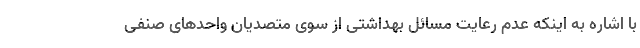
با اشاره به اینکه عدم رعایت مسائل بهداشتی از سوی متصدیان واحدهای صنفی